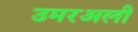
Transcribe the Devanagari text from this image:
उमरअली